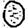
Digit: 0